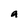
Character: a